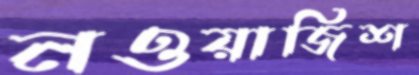
নওয়াজিশ